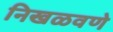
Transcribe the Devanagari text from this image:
निखळवणे